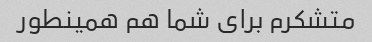
متشکرم برای شما هم همینطور